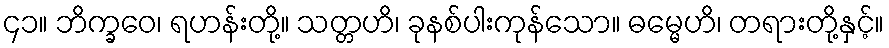
၄၁။ ဘိက္ခဝေ၊ ရဟန်းတို့။ သတ္တဟိ၊ ခုနစ်ပါးကုန်သော။ ဓမ္မေဟိ၊ တရားတို့နှင့်။